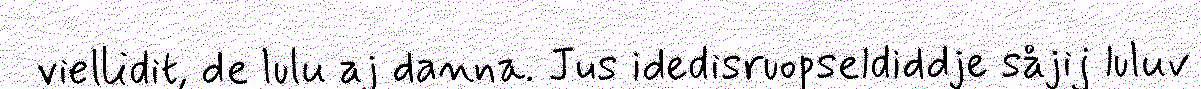
viellidit, de lulu aj danna. Jus idedisruopseldiddje såjij luluv